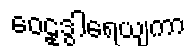
ဝေဠုဒွါရေယျကာ